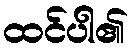
ထင်ပါ၏